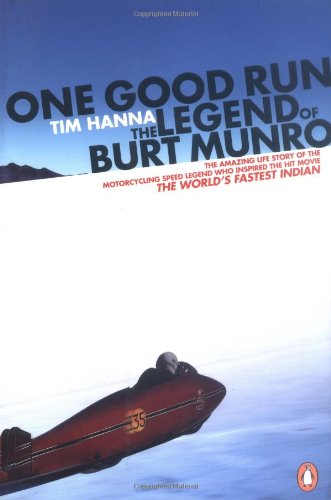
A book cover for One Good Run: The Legend of Burt Munro; Tim Hanna; Sports & Outdoors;